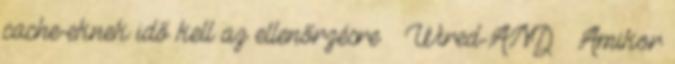
cache-eknek idő kell az ellenőrzésre – Wired-AND ● Amikor